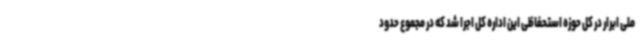
ملی ابرار در کل حوزه استحفاظی این اداره کل اجرا شد که در مجموع حدود